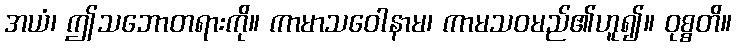
အယံ၊ ဤသဘောတရားကို။ ကာမာသဝေါနာမ၊ ကာမသဝမည်၏ဟူ၍။ ဝုစ္စတိ။